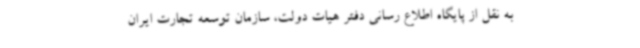
به نقل از پایگاه اطلاع رسانی دفتر هیات دولت، سازمان توسعه تجارت ایران